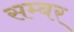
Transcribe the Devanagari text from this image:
सम्बर